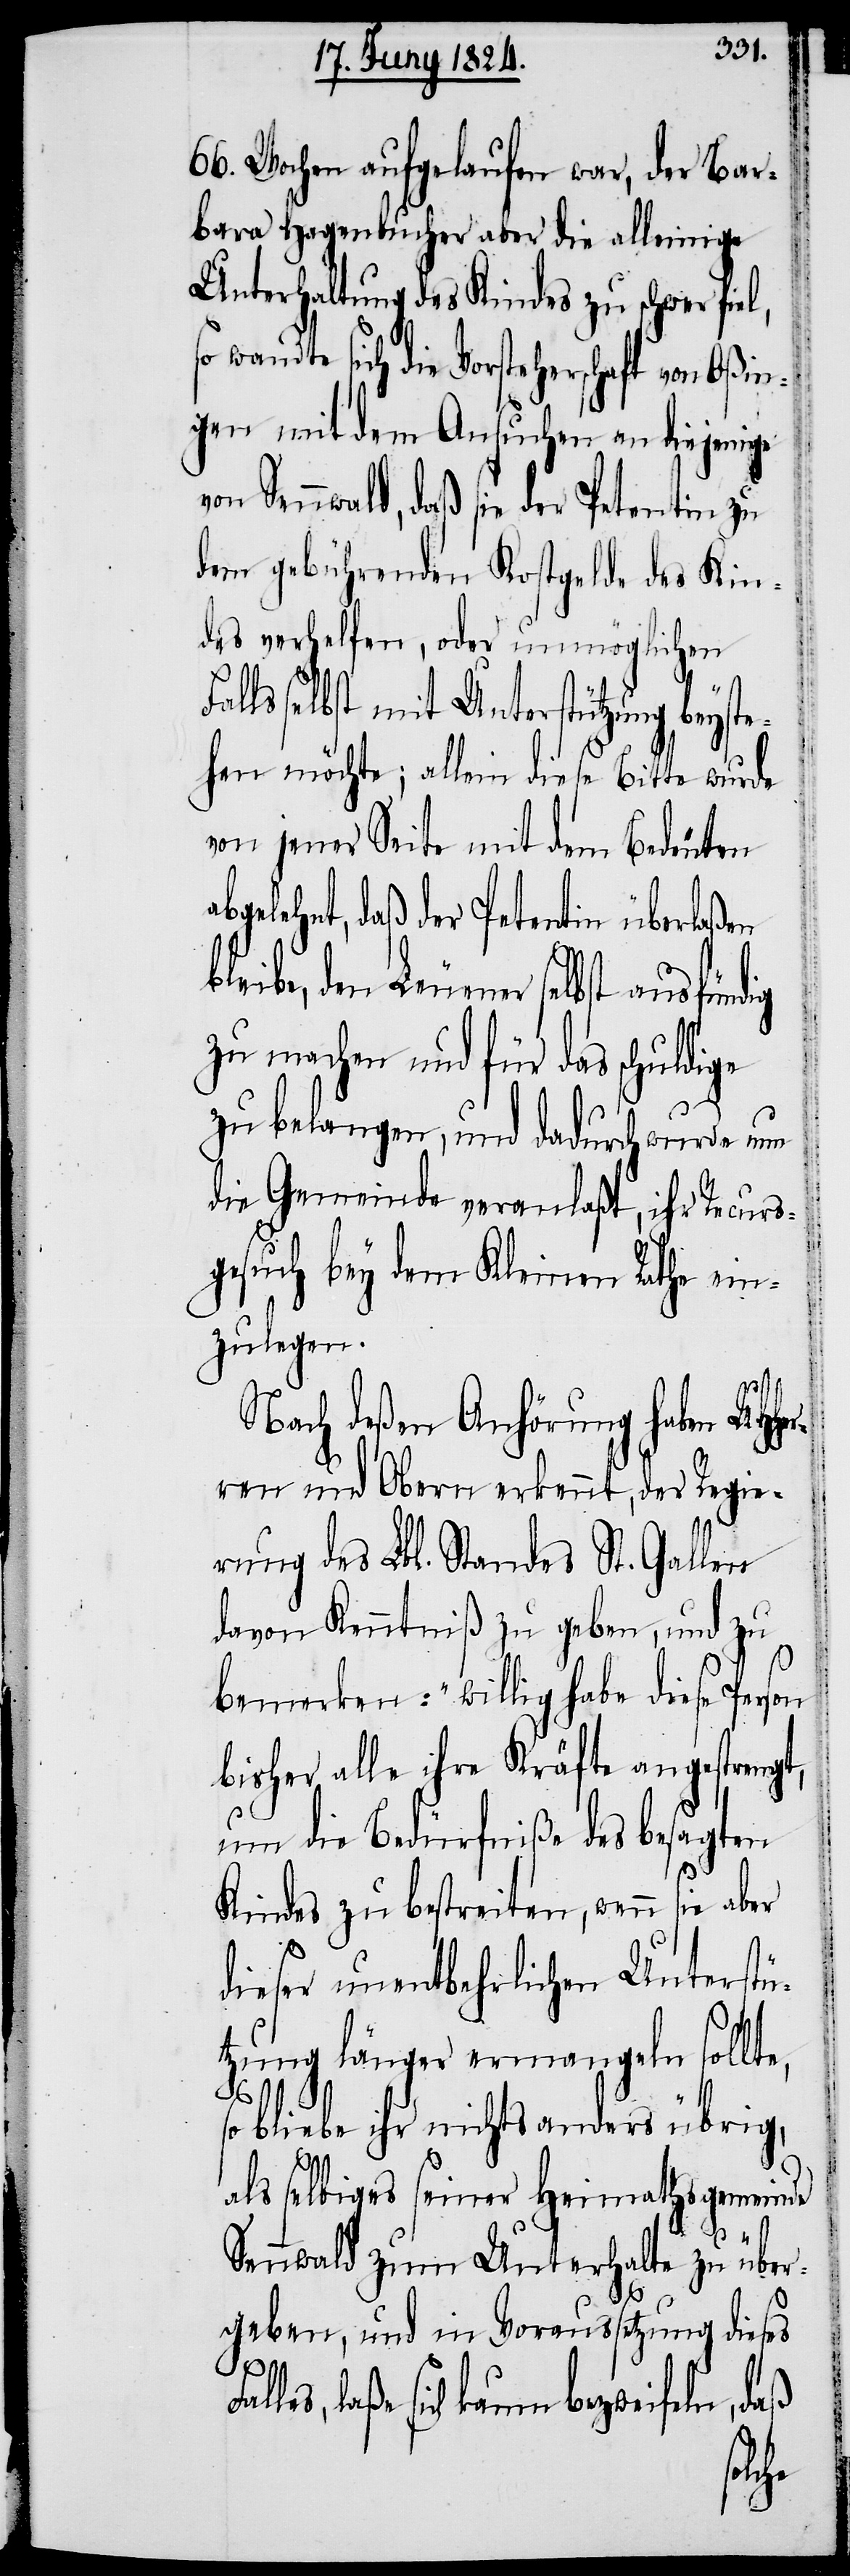
66. Wochen aufgelaufen war, der Bar¬
bara Hagenbucher aber die alleinige
Unterhaltung des Kindes zu schwer fiel,
so wandte sich die Vorsteherschaft von Oßin¬
gen mit dem Ansuchen an diejenige
von Sennwald, daß sie der Petentin zu
dem gebührenden Kostgelde des Kin¬
des verhelfen, oder unmöglichen
selbst mit Unterstützung beyste¬
hen möchte; allein diese Bitte wurde
von jener Seite mit dem Bedeuten
abgelehnt, daß der Petentin überlaßen
leibe, den Leuener selbst ausfündig
zu machen und für das schuldige
zu belangen, und dadurch wurde nun
die Gemeinde veranlaßt, ihr Recurs¬
gesuch bey dem Kleinen Rathe ein¬
zulegen.
Nach deßen Anhörung haben UHHer¬
ren und Obern erkennt, der Regie¬
rung des Lbl. Standes St. Gallen
davon Kenntniß zu geben, und zu
bemerken: „willig habe diese Person
bisher alle ihre Kräfte angestrengt,
um die Bedürfniße des besagten
Kindes zu bestreiten, wenn sie
dieser unentbehrlichen Unterstü¬
tzung länger ermangeln sollte,
so bliebe ihr nichts anders übrig,
als selbiges seiner Heimathsgemeinde
b¬
Sennwald zum Unterhalte zu über¬
geben, und in Voraussetzung dieses
laße sich kaum bezweifeln, daß